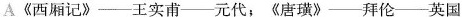
A《西厢记》——王实甫——元代；《唐璜》——拜伦——英国